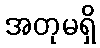
အတုမရှိ